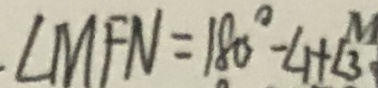
. \angle M F N = 1 8 0 ^ { \circ } - \angle 1 + \angle 3